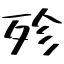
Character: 殄